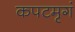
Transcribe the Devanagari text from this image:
कपटमृगं